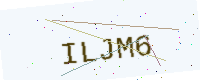
Text: ILJM6